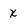
Character: X